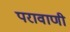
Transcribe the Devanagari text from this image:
परावाणी